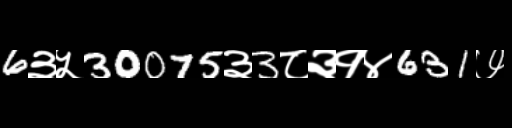
Text: 6३५30075३3८३१४631७